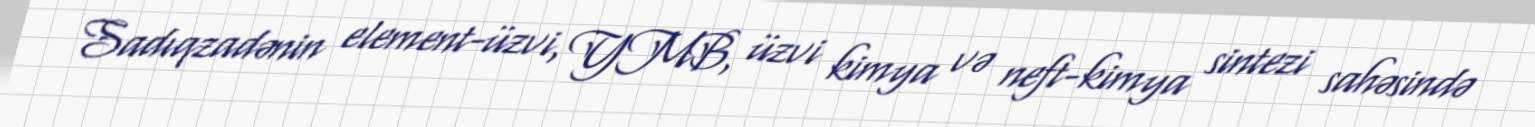
Sadıqzadənin element-üzvi, YMB, üzvi kimya və neft-kimya sintezi sahəsində